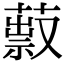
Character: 䔴